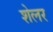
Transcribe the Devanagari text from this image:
शेलर